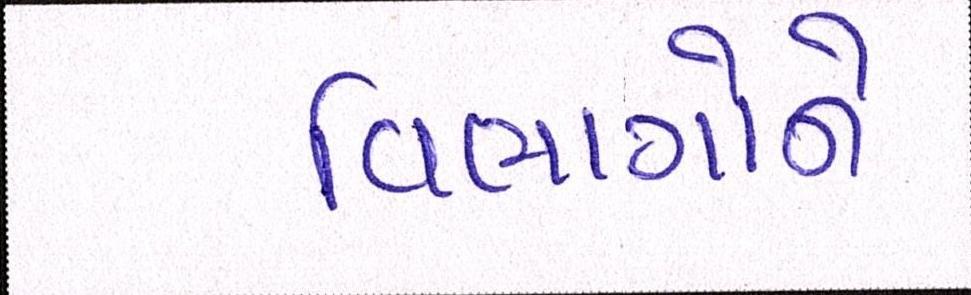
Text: વિભાગોને